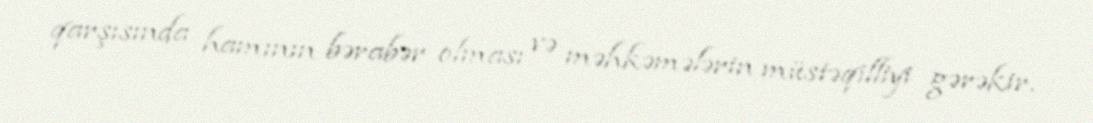
qarşısında hamının bərabər olması və məhkəmələrin müstəqilliyi gərəkir.